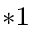
^ { * 1 }